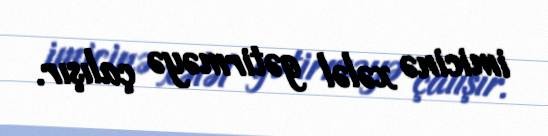
imicinə xələl gətirməyə çalışır.